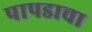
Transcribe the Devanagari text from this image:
पापडाचा